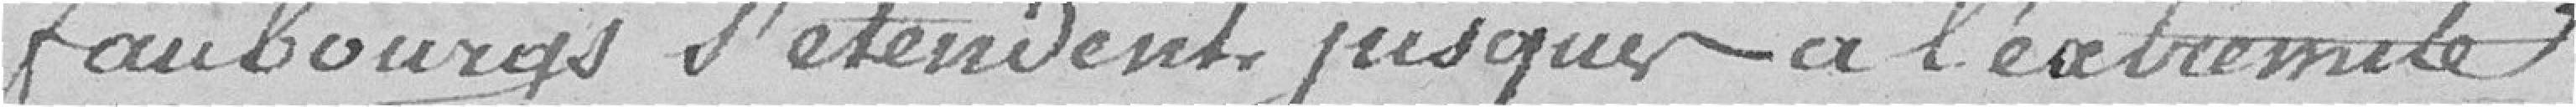
faubourgs s'étendent jusqu'à l'extrémité